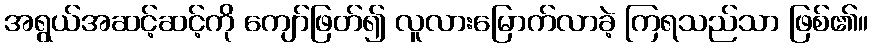
အရွယ်အဆင့်ဆင့်ကို ကျော်ဖြတ်၍ လူလားမြောက်လာခဲ့ ကြရသည်သာ ဖြစ်၏။